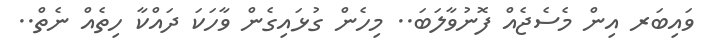
ވައިބަރ އިން މެސެޖެއް ފޮނުވާލަބަ.. މިހެން ގުޅައިގެން ވާހަކަ ދައްކާ ހިތެއް ނެތް..